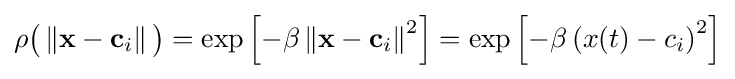
\rho {\big (}\left\Vert \mathbf {x} -\mathbf {c} _{i}\right\Vert {\big )}=\exp \left[-\beta \left\Vert \mathbf {x} -\mathbf {c} _{i}\right\Vert ^{2}\right]=\exp \left[-\beta \left(x(t)-c_{i}\right)^{2}\right]